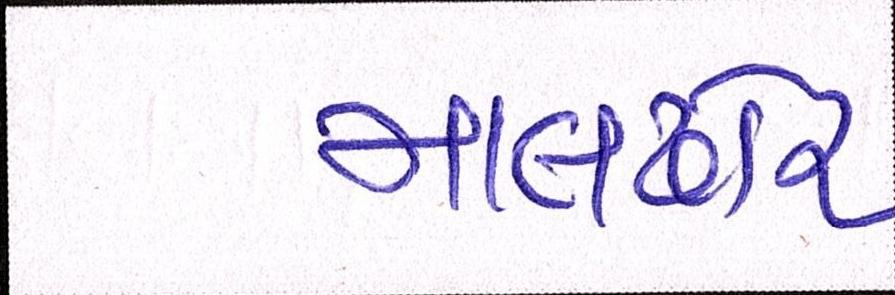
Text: માલઢોર